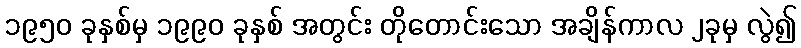
၁၉၅၀ ခုနှစ်မှ ၁၉၉၀ ခုနှစ် အတွင်း တိုတောင်းသော အချိန်ကာလ ၂ခုမှ လွဲ၍